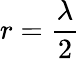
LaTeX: r={\frac{\lambda}{2}}